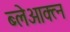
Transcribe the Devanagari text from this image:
ब्लेआक्त्न